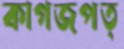
কাগজপত্